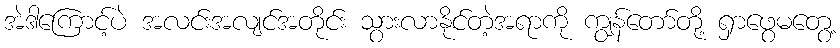
အဲဒါကြောင့်ပဲ အလင်းအလျင်အတိုင်း သွားလာနိုင်တဲ့အရာကို ကျွန်တော်တို့ ရှာဖွေမတွေ့